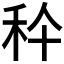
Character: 𥝺